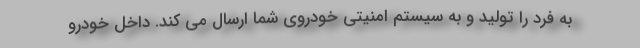
به فرد را تولید و به سیستم امنیتی خودروی شما ارسال می کند. داخل خودرو